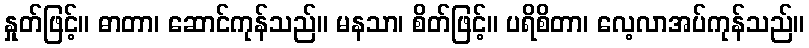
နှုတ်ဖြင့်။ ဓာတာ၊ ဆောင်ကုန်သည်။ မနသာ၊ စိတ်ဖြင့်။ ပရိစိတာ၊ လေ့လာအပ်ကုန်သည်။